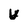
Character: U